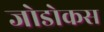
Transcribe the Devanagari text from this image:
जोडोकस